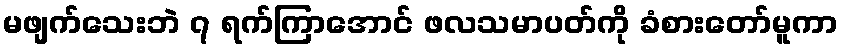
မဖျက်သေးဘဲ ၇ ရက်ကြာအောင် ဖလသမာပတ်ကို ခံစားတော်မူကာ